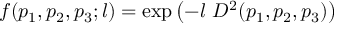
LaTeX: f ( p _ { 1 } , p _ { 2 } , p _ { 3 } ; l ) = \mathrm { e x p } \left( - l \ D ^ { 2 } ( p _ { 1 } , p _ { 2 } , p _ { 3 } ) \right)